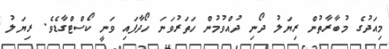
މިއަދުގެ މުބާރާތުން ރިޔަލު ދޯނި ދުއްވުމުން ހަތަރުވަނަ ހޯދާފައި ވަނީ ކޯސްޓްގާޑެވެ. ރިޔަލު